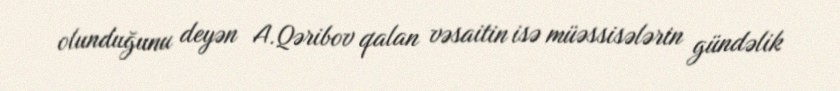
olunduğunu deyən A.Qəribov qalan vəsaitin isə müəssisələrin gündəlik